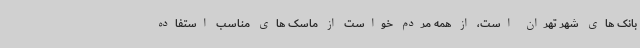
بانک های شهر تهران است، از همه مردم خواست از ماسک های مناسب استفاده